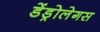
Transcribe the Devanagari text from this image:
डेंड्रोलेगस